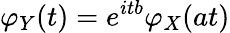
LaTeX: \varphi_{Y}(t)=e^{itb}\varphi_{X}(at)